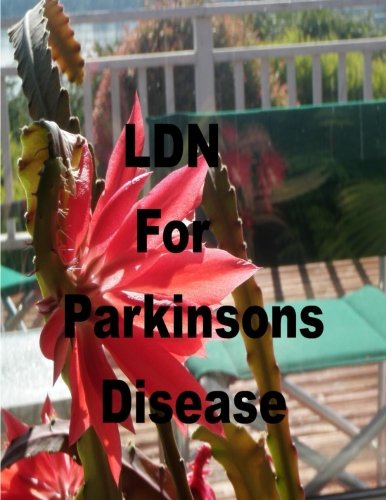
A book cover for LDN for Parkinson's Disease: Low Dose Naltrexone; Robert Rodgers; Health, Fitness & Dieting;